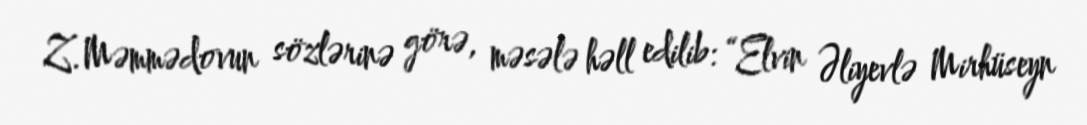
Z.Məmmədovun sözlərinə görə, məsələ həll edilib: “Elvin Əliyevlə Mirhüseyn